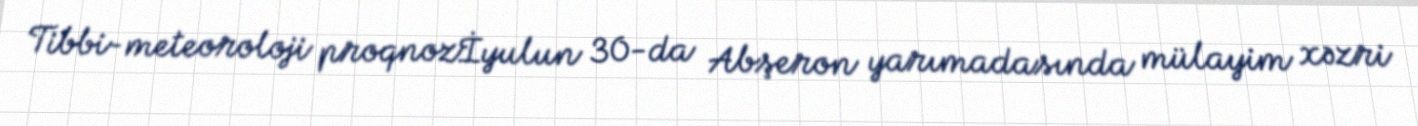
Tibbi-meteoroloji proqnozİyulun 30-da Abşeron yarımadasında mülayim xəzri